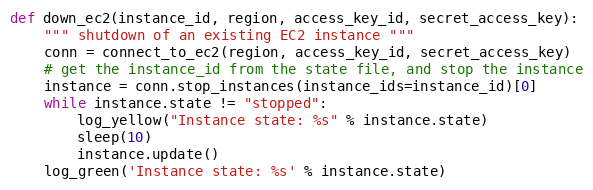
Language: Python
def down_ec2(instance_id, region, access_key_id, secret_access_key):
    """ shutdown of an existing EC2 instance """
    conn = connect_to_ec2(region, access_key_id, secret_access_key)
    # get the instance_id from the state file, and stop the instance
    instance = conn.stop_instances(instance_ids=instance_id)[0]
    while instance.state != "stopped":
        log_yellow("Instance state: %s" % instance.state)
        sleep(10)
        instance.update()
    log_green('Instance state: %s' % instance.state)